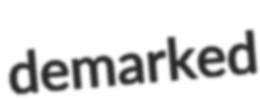
demarked